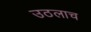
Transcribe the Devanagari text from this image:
उठलाच